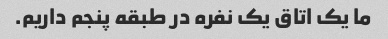
ما یک اتاق یک نفره در طبقه پنجم داریم.